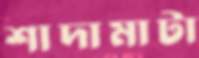
শাদামাটা